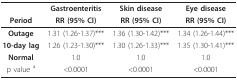
|  | Gastroenteritis | Skin disease | Eye disease |
 | Period | RR (95% CI) | RR (95% CI) | RR (95% CI) |
 | --- | --- | --- | --- |
 | Outage | 1.31 (1.26-1.37)*** | 1.36 (1.30-1.42)*** | 1.34 (1.26-1.44)*** |
 | 10-day lag | 1.26 (1.23-1.30)*** | 1.30 (1.26-1.33)*** | 1.35 (1.30-1.41)*** |
 | Normal | 1.0 | 1.0 | 1.0 |
 | p value a | <0.0001 | <0.0001 | <0.0001 |